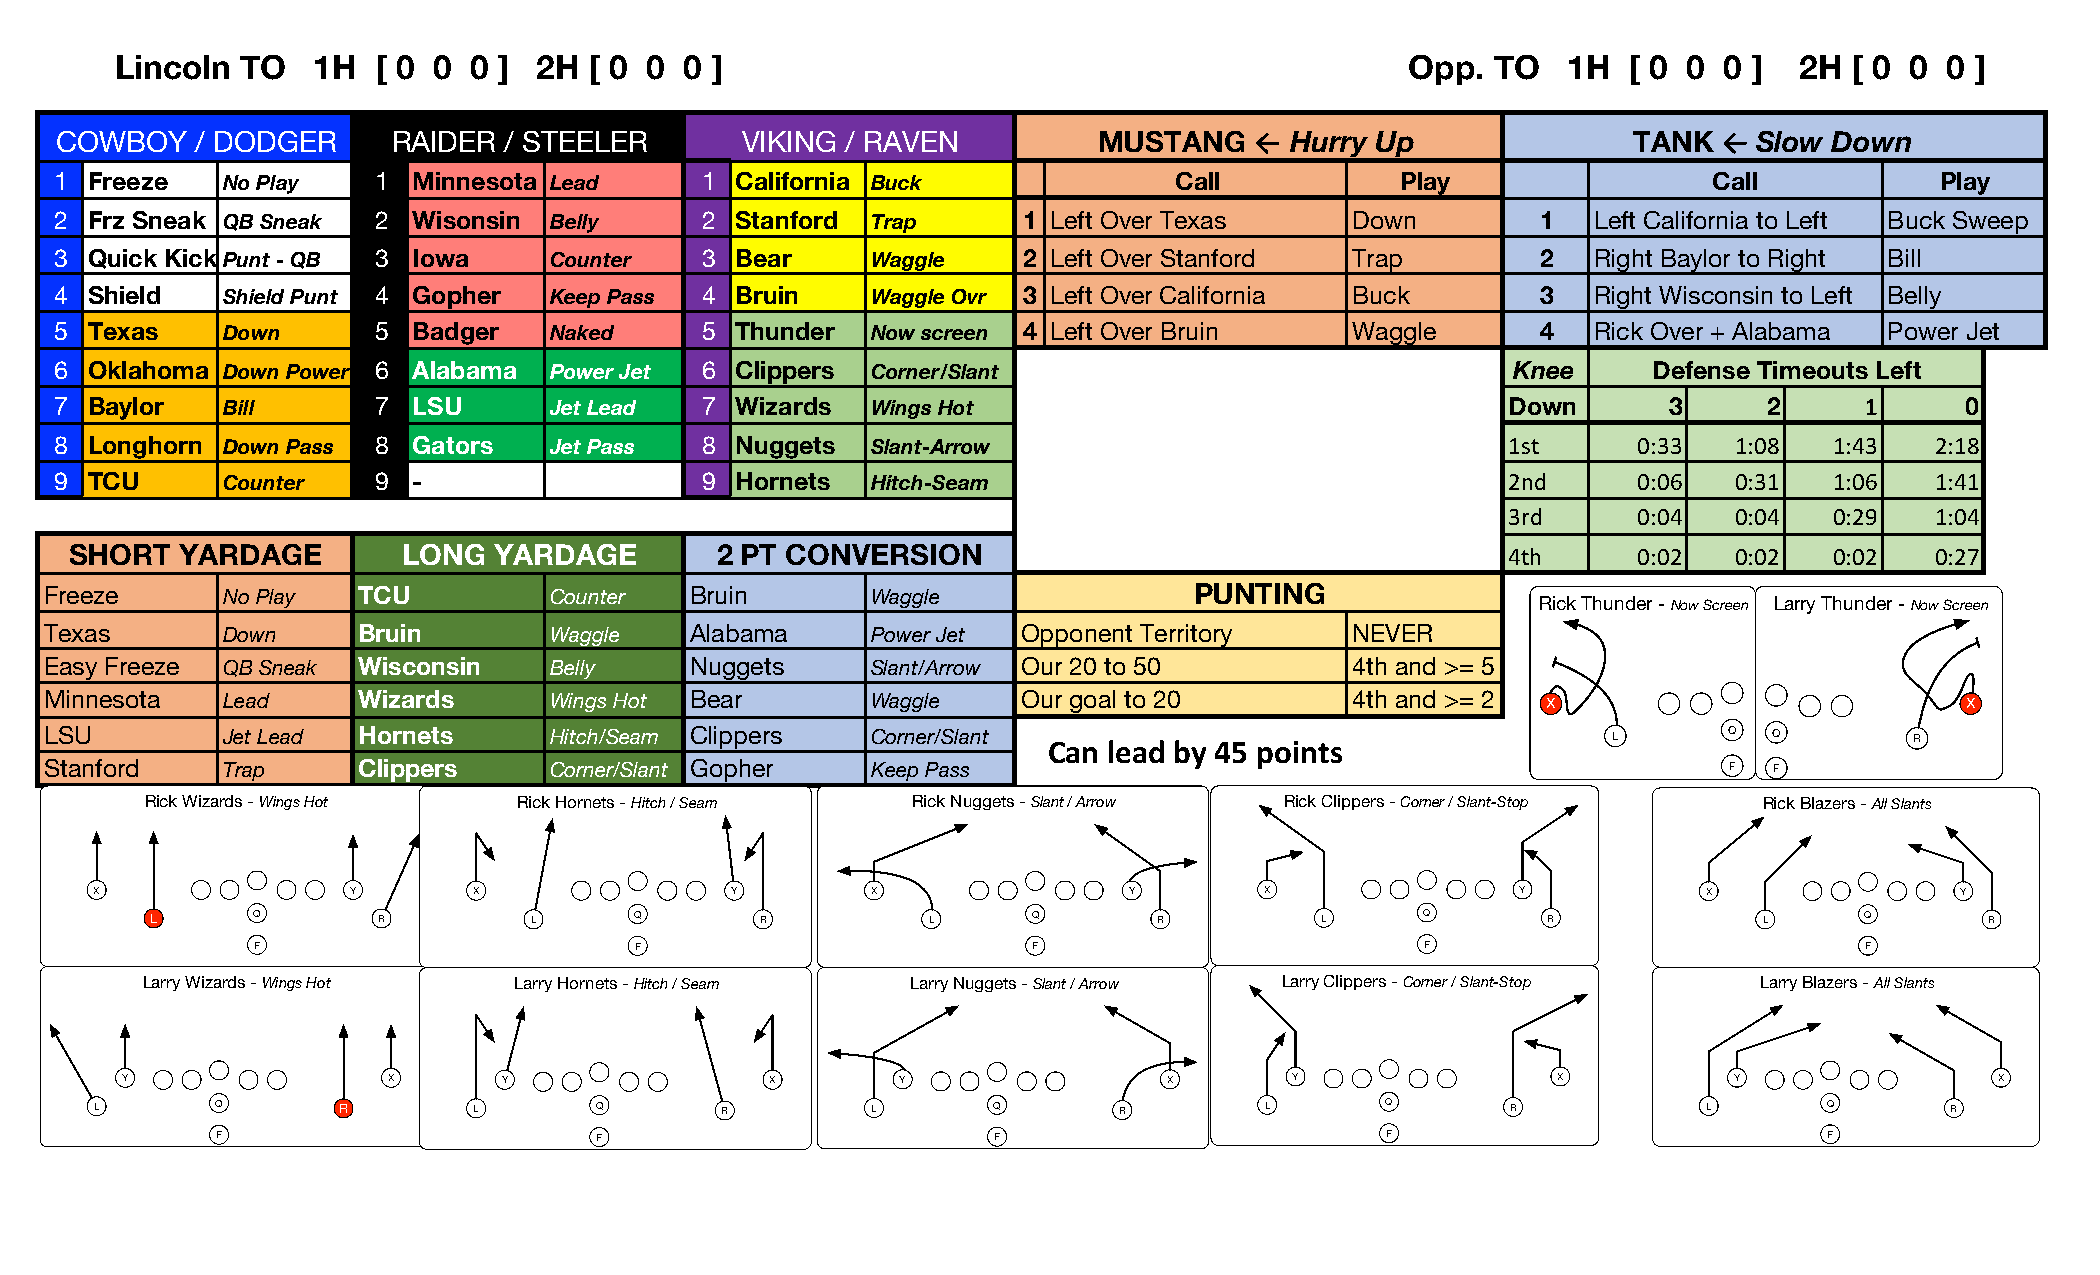
Lincoln TO   1H  [ 0 0 0 ]  2H [ 0 0 0 ]                                             Opp.  TO   1H  [ 0 0 0 ]  2H  [ 0 0 0 ]
 COWBOY   / DODGER     RAIDER / STEELER       VIKING / RAVEN          MUSTANG   ← Hurry Up               TANK  ← Slow Down
 1 Freeze   No Play   1 Minnesota Lead     1  California Buck              Call           Play                Call           Play
 2 Frz Sneak QB Sneak 2 Wisonsin Belly     2  Stanford Trap      1 Left Over Texas     Down        1   Left California to Left Buck Sweep
 3 Quick KickPunt - QB 3 Iowa    Counter   3  Bear     Waggle    2 Left Over Stanford  Trap        2   Right Baylor to Right Bill
 4 Shield   Shield Punt 4 Gopher Keep Pass 4  Bruin    Waggle Ovr 3 Left Over California Buck      3   Right Wisconsin to Left Belly
 5 Texas    Down      5 Badger   Naked     5  Thunder  Now screen 4 Left Over Bruin    Waggle      4   Rick Over + Alabama Power Jet
 6 Oklahoma Down Power 6 Alabama Power Jet 6  Clippers Corner/Slant                              Knee     Defense Timeouts Left
 7 Baylor   Bill      7 LSU      Jet Lead  7  Wizards  Wings Hot                                 Down      3      2     1      0
 8 Longhorn Down Pass 8 Gators   Jet Pass  8  Nuggets  Slant-Arrow                               1st     0:33   1:08  1:43   2:18
 9 TCU      Counter   9 -                  9  Hornets  Hitch-Seam                                2nd     0:06   0:31  1:06   1:41
 3rd     0:04   0:04  0:29   1:04
 SHORT  YARDAGE        LONG  YARDAGE       2 PT CONVERSION                                      4th     0:02   0:02  0:02   0:27
 Freeze      No Play  TCU         Counter   Bruin       Waggle               PUNTING
 Rick Thunder - Now Screen Larry Thunder - Now Screen
 Texas       Down     Bruin       Waggle    Alabama     Power Jet Opponent Territory    NEVER
 Easy Freeze QB Sneak Wisconsin   Belly     Nuggets     Slant/Arrow Our 20 to 50        4th and >= 5
 Minnesota   Lead     Wizards     Wings Hot Bear        Waggle    Our goal to 20        4th and >= 2 X                          X
 LSU         Jet Lead Hornets     Hitch/Seam Clippers   Corner/Slant Can lead by 45 points               L      Q  Q         R
 Stanford    Trap     Clippers    Corner/Slant Gopher   Keep Pass                                               F  F
 Rick Wizards - Wings Hot Rick Hornets - Hitch / Seam Rick Nuggets - Slant / Arrow Rick Clippers - Corner / Slant-Stop Rick Blazers - All Slants
 X                Y       X                Y         X                Y        X                Y           X                Y
 L      Q       R         L      Q       R          L      Q        R         L      Q       R              L     Q        R
 F                        F                         F                         F                            F
 Larry Wizards - Wings Hot Larry Hornets - Hitch / Seam Larry Nuggets - Slant / Arrow Larry Clippers - Corner / Slant-Stop Larry Blazers - All Slants
 Y                 X      Y                 X        Y                X        Y                X           Y                X
 L       Q       R        L       Q        R         L       Q       R         L       Q       R            L       Q       R
 F                        F                          F                         F                            F